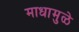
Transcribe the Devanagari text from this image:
माधामुळे